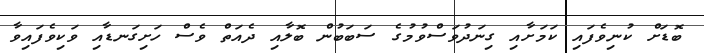
ބޮޑަށް ކުނިވެފައި ކަމަށާއި ގިނަދުވަސްވުމުގެ ސަބަބުން ބޮލާއި ދެއަތް ވެސް ހަށިގަނޑާއި ވަކިވެފައިވާ